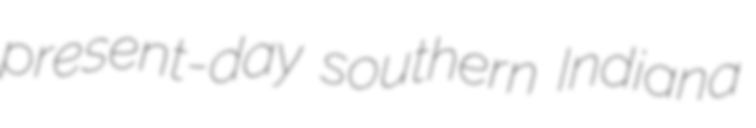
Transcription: present-day southern Indiana